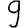
Digit: 9